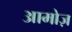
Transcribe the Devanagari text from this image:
आमोज़